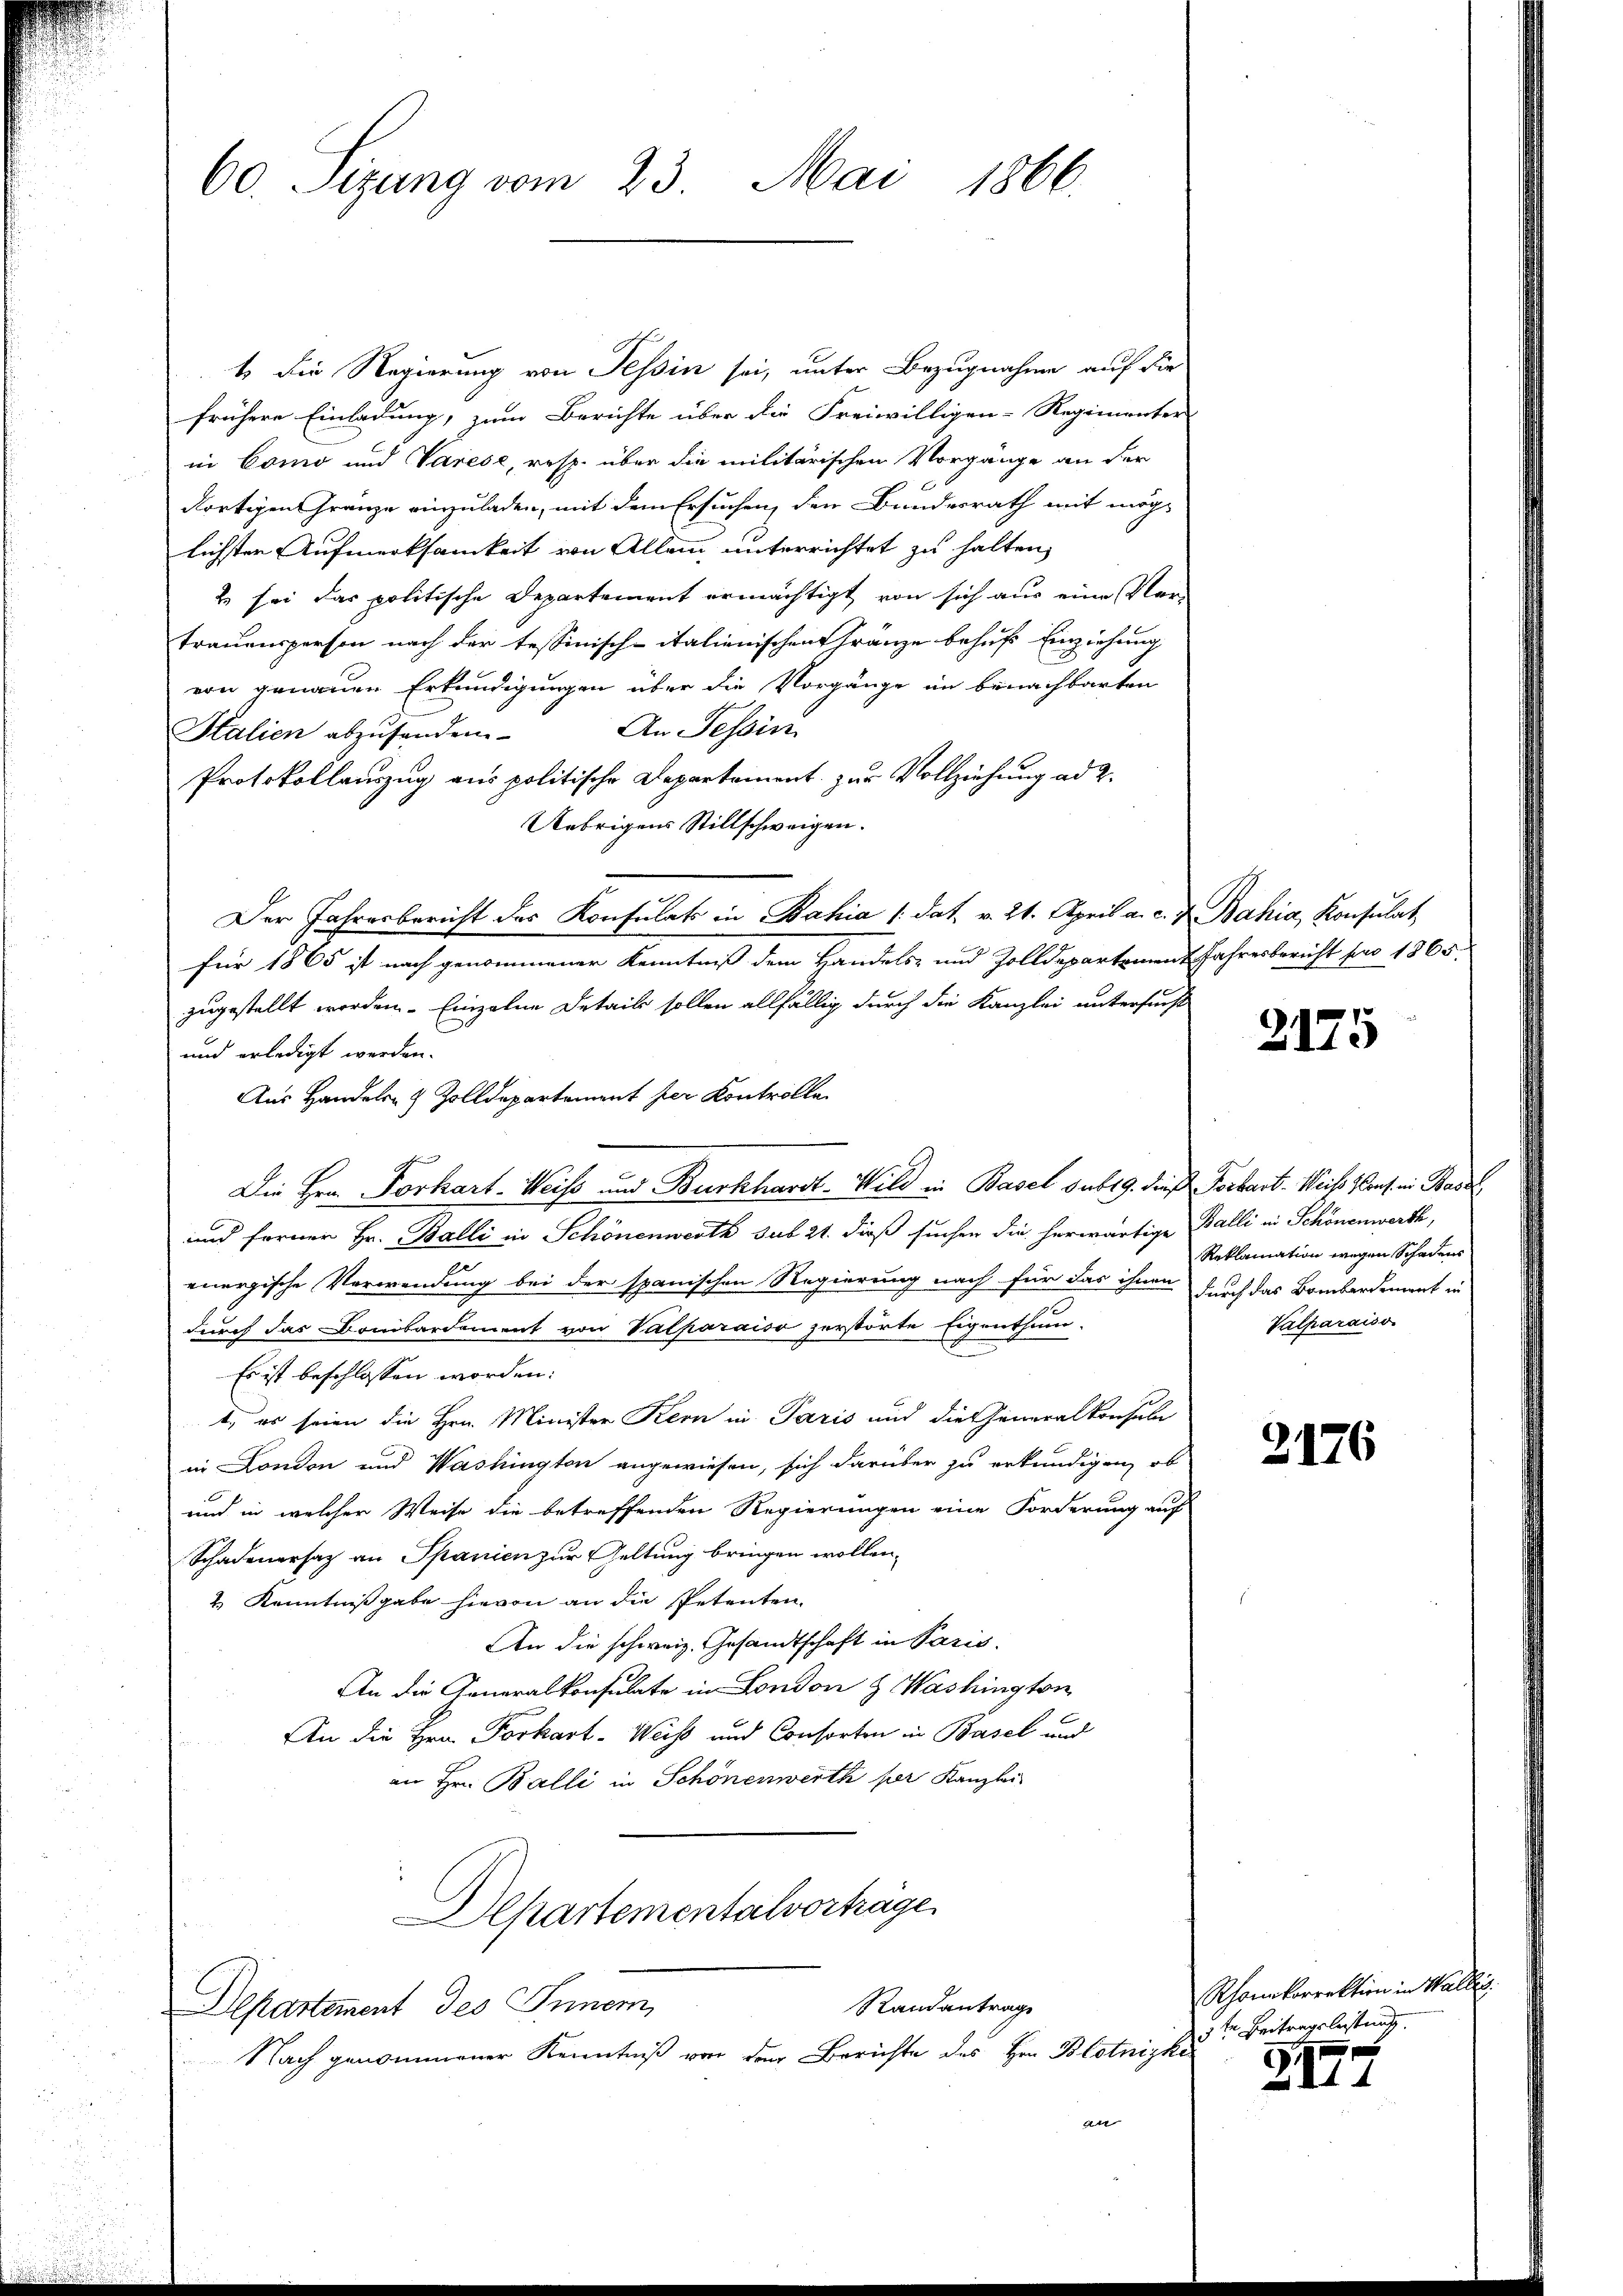
60. Sizung vom 23. Mai 1866.

1. Die Regierung von Tessin sei, unter Bezugnahme auf die
frühere Einladung, zum Berichte über die Freiwilligen-Regimenter
in Como und Varese, resp. über die militärischen Vorgänge an der
dortigen Gränze einzuladen, mit dem Ersuchen, den Bundesrath mit möglichsten Aufmerksamkeit von Allein unterrichtet zu halten,
E sei das politische Departement ermächtigt von sich aus eine Ver-
trauensperson nach der tessinisch-italienischen Gränze behufs Einziehung
von genauen Erkundigungen über die Vorgänge im benachbarten
An Tessin
Italien abzufanden
Protokollauszug aus politische Departement zur Vollziehung ad 2.
Uebrigens Stillschweigen.
Der Jahresbericht des Konsulats in Bahia /:dat. v. 21. April a. c. 7 Bahia, Konsulat,
für 1865 ist nach genommener Kenntniß dem Handels- und Zolldepartement Jahresbericht pro 1865.
zugestellt worden. Einzelne Details sollen allfällig durch die Kanzlei untersucht
und erledigt werden.
Aus Handels- & Zolldepartement per Kontrolle
Die Hrn. Porkart-Weiss und Burkhardt-Wild in Basel sub 19. dieß Vorbart-Weise Hans in Basel,
und ferner Hr. Balli in Schönenwerth sub 21. dieß suchen die herwärtige Balli in Schönenwerth,
energische Verwendung bei der spanischen Regierung nach für das ihnen
durch das Bombardement von Valparaiso zerstörte Eigenthum
Es ist beschlossen worden:
1., es seien die Hrn. Minister Kern in Paris und die Generalkonsule
in London und Washingten angewiesen, sich darüber zu erkundigen, ob
und in welcher Weise die betreffenden Regierungen eine Forderung auf
Schadenersaz an Spanien zur Geltung bringen wollen.
& Kenntnißgabe hievon an die Petenten
An die schweiz. Gesandtschaft in Pazis.
An die Generalkonsulate in London & Washington
An die Hrn. Porkart-Weiß und Consorten in Basel und
an Hrn. Balli in Schönenwerth pr Kanzlei
Departemental vorträge
Randantrag
Departement des Innern,
Nach genommener Kenntniß von den Berichte des Hrn. Blotnizki
an

2175

Reklamation wegen Schadens
durch das Bombardement in
Valharaiso

2176

Rhonkorrektion in Wall
5ten Beitragsleistung.

3177